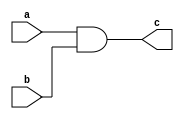
module and1(a,b,c);
    input wire a,b;
    output wire c;
    assign c = a & b;
endmodule

module or1(a,b,c);
    input wire a,b;
    output wire c;
    assign c = a | b;
endmodule

module not1(a,c);
    input wire a;
    output wire c;
    assign c = ~a;
endmodule

module xor1(a,b,c);
    input wire a,b;
    output wire c;
    assign c = a ^ b;
endmodule